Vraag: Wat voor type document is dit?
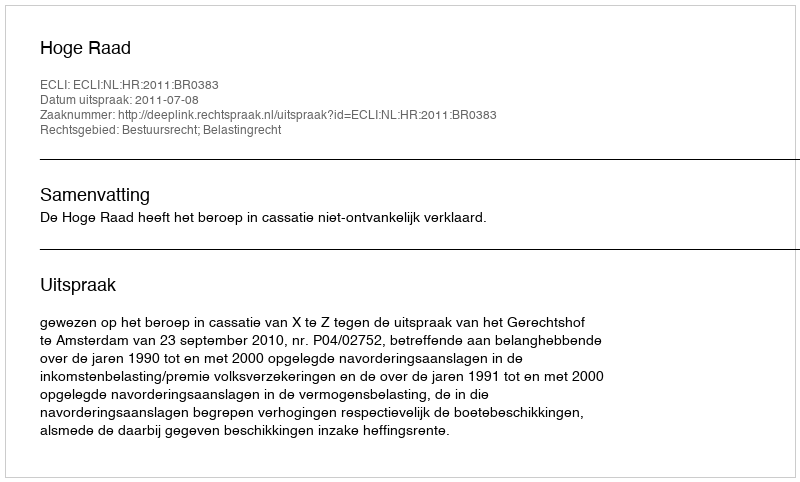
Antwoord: Uitspraak